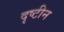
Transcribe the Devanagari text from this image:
दृष्टीन